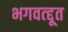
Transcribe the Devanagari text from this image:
भगवत्द्दूत